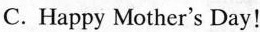
C. Happy Mother's Day!